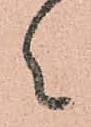
々